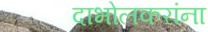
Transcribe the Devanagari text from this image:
दाभोलकरांना